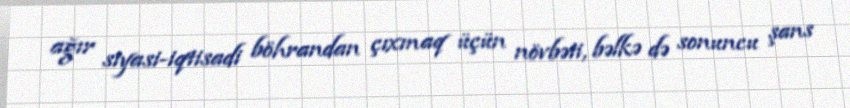
ağır siyasi-iqtisadi böhrandan çıxmaq üçün növbəti, bəlkə də sonuncu şans